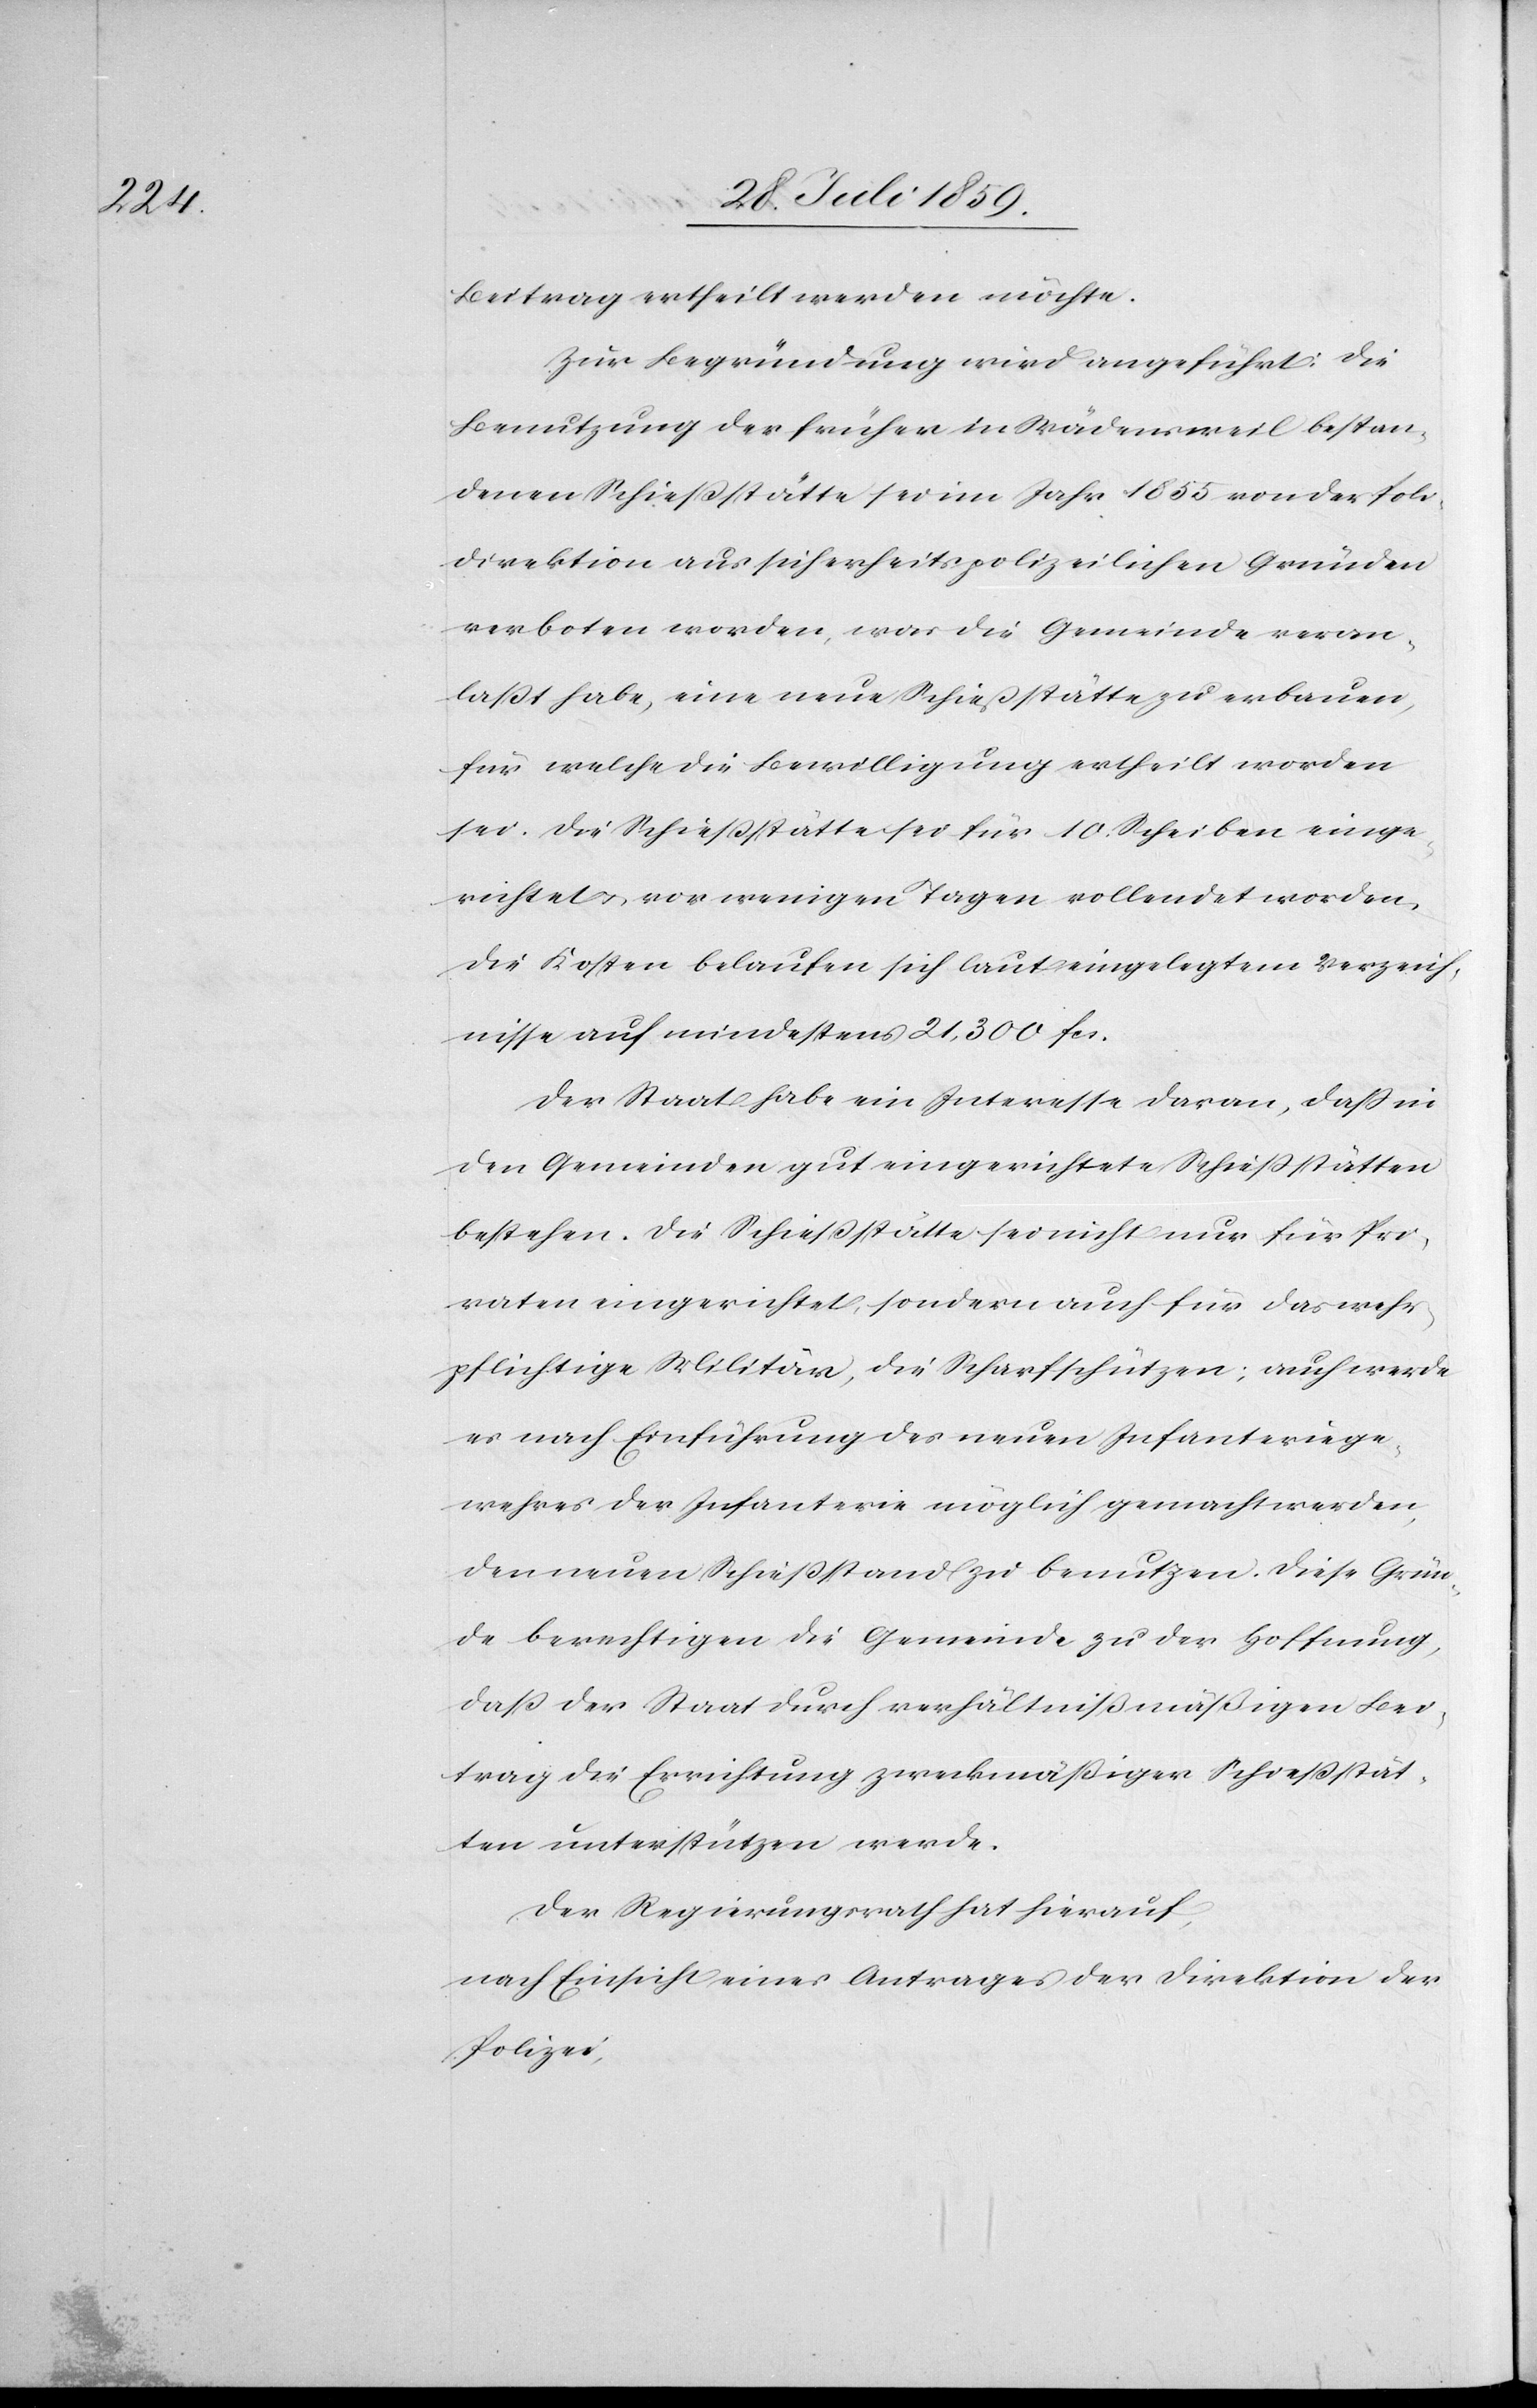
Beitrag ertheilt werden möchte.
Zur Begründung wird angeführt: Die
Benutzung der früher in Wädensweil bestan¬
denen Schießstätte sei im Jahr 1855 von der Polize¬
idirektion aus sicherheitspolizeilichen Gründen
verboten worden, was die Gemeinde veran¬
laßt habe, eine neue Schießstätte zu erbauen,
für welche die Bewilligung ertheilt worden
sei. Die Schießstätte sei für 10. Scheiben einge¬
richtet [?u.] vor wenigen Tagen vollendet worden.
Die Kosten belaufen sich laut eingelegtem Verzeich¬
nisse auf mindestens 21,300 fcs.
Der Staat habe ein Interesse daran, daß in
den Gemeinden gut eingerichtete Schießstätten
bestehen. Die Schießstätte sei nicht nur für Pri¬
vaten [sic!] eingerichtet, sondern auch für das wehr¬
pflichtige Militär, die Scharfschützen; auch werde
es nach Einführung des neuen Infanteriege¬
wehres der Infanterie möglich gemacht werden,
den neuen Schießstand zu benutzen. Diese Grün¬
de berechtigen die Gemeinde zu der Hoffnung,
daß der Staat durch verhältnißmäßigen Bei¬
trag die Errichtung zweckmäßiger Schießstät¬
ten unterstützen werde.
Der Regierungsrath hat hierauf,
nach Einsicht eines Antrages der Direktion der
Polizei,